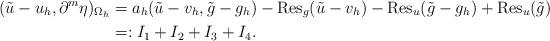
LaTeX: \begin{align*}(\tilde u - u_h, \partial^{m}\eta)_{\Omega_h} &= a_h(\tilde u - v_h, \tilde g - g_h) - \operatorname{Res}_g(\tilde u - v_h) - \operatorname{Res}_u(\tilde g - g_h) + \operatorname{Res}_u(\tilde g) \\&=: I_1 + I_2 + I_3 + I_4.\end{align*}